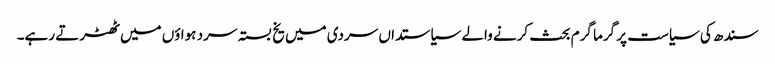
سندھ کی سیاست پر گرما گرم بحث کرنے والے سیاستداں سردی میں یخ بستہ سرد ہواؤں میں ٹھٹرتے رہے۔